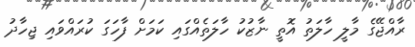
ރާއްޖޭގެ މާލީ ހާލަތު އޮތީ ނާޒުކު ހާލަތެއްގައި ކަމަށް ފާހަގަ ކުރައްވައި ޖިހާދު